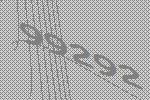
99292